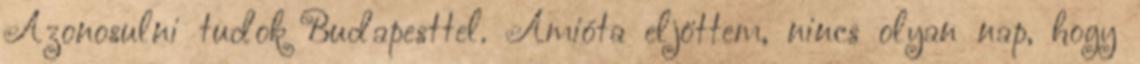
Azonosulni tudok Budapesttel. Amióta eljöttem, nincs olyan nap, hogy